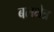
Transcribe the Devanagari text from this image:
बलक्षेत्र